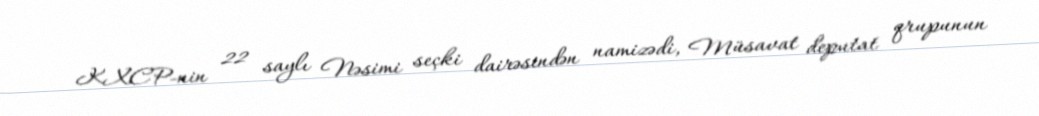
KXCP-nin 22 saylı Nəsimi seçki dairəsindən namizədi, Müsavat deputat qrupunun